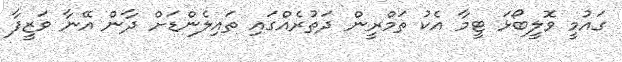
ގައުމީ ވޮލީބޯޅަ ޓީމާ އެކު ތަމްރީން ދަތުރެއްގައި ތައިލެންޑަށް ދާން އޭނާ ވަޒީފާ